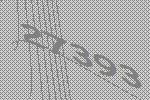
27393